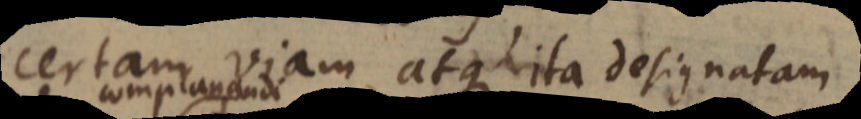
certam viam atque ita designatam